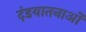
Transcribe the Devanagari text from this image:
दंडयातनाओं